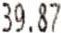
39.87